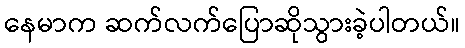
နေမာက ဆက်လက်ပြောဆိုသွားခဲ့ပါတယ်။